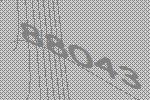
88043